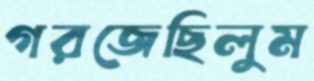
গরজেছিলুম